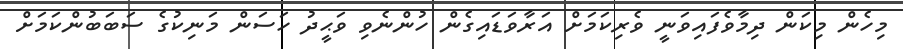
މިހެން މިކަން ދިމާވެފައިވަނީ ވެރިކަމަށް އަރާވަޑައިގެން ހުންނެވި ވަޙީދު ހަސަން މަނިކުގެ ސަބަބުންކަމަށް